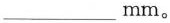
___mm。